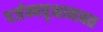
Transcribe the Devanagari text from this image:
पर्जन्यवृक्षाबाबत